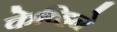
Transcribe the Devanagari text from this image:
केव्हिने